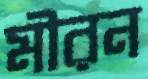
মীরন